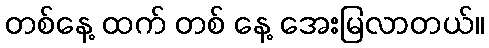
တစ်နေ့ ထက် တစ် နေ့ အေးမြလာတယ်။